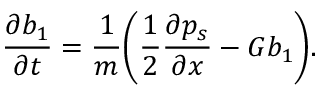
\frac { \partial b _ { 1 } } { \partial t } = \frac { 1 } { m } \bigg ( \frac { 1 } { 2 } \frac { \partial p _ { s } } { \partial x } - G b _ { 1 } \bigg ) .